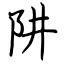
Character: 阱